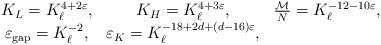
LaTeX: \begin{align*}\begin{matrix}K_L = K_\ell^{4+2\varepsilon}, &K_H = K_\ell^{4+3\varepsilon}, &\frac{\mathcal M }{N} = K_\ell^{-12 -10\varepsilon}, \\\varepsilon_{\rm{gap}} = K_\ell^{-2},& \varepsilon_K = K_\ell^{-18 +2d +(d-16)\varepsilon}, &\end{matrix}\end{align*}